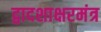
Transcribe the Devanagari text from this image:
द्वादशाक्षरमंत्र